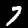
Digit: 7